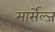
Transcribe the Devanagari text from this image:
मार्सेल्ज